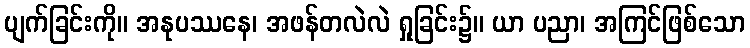
ပျက်ခြင်းကို။ အနုပဿနေ၊ အဖန်တလဲလဲ ရှုခြင်း၌။ ယာ ပညာ၊ အကြင်ဖြစ်သော